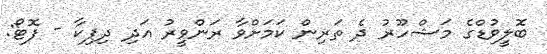
ބޮލީވުޑްގެ މަޝްހޫރު ދެ ތަރިން ކަމަށްވާ ރަންވީރު އަދި ދިޕިކާ - ފޮޓޯ: